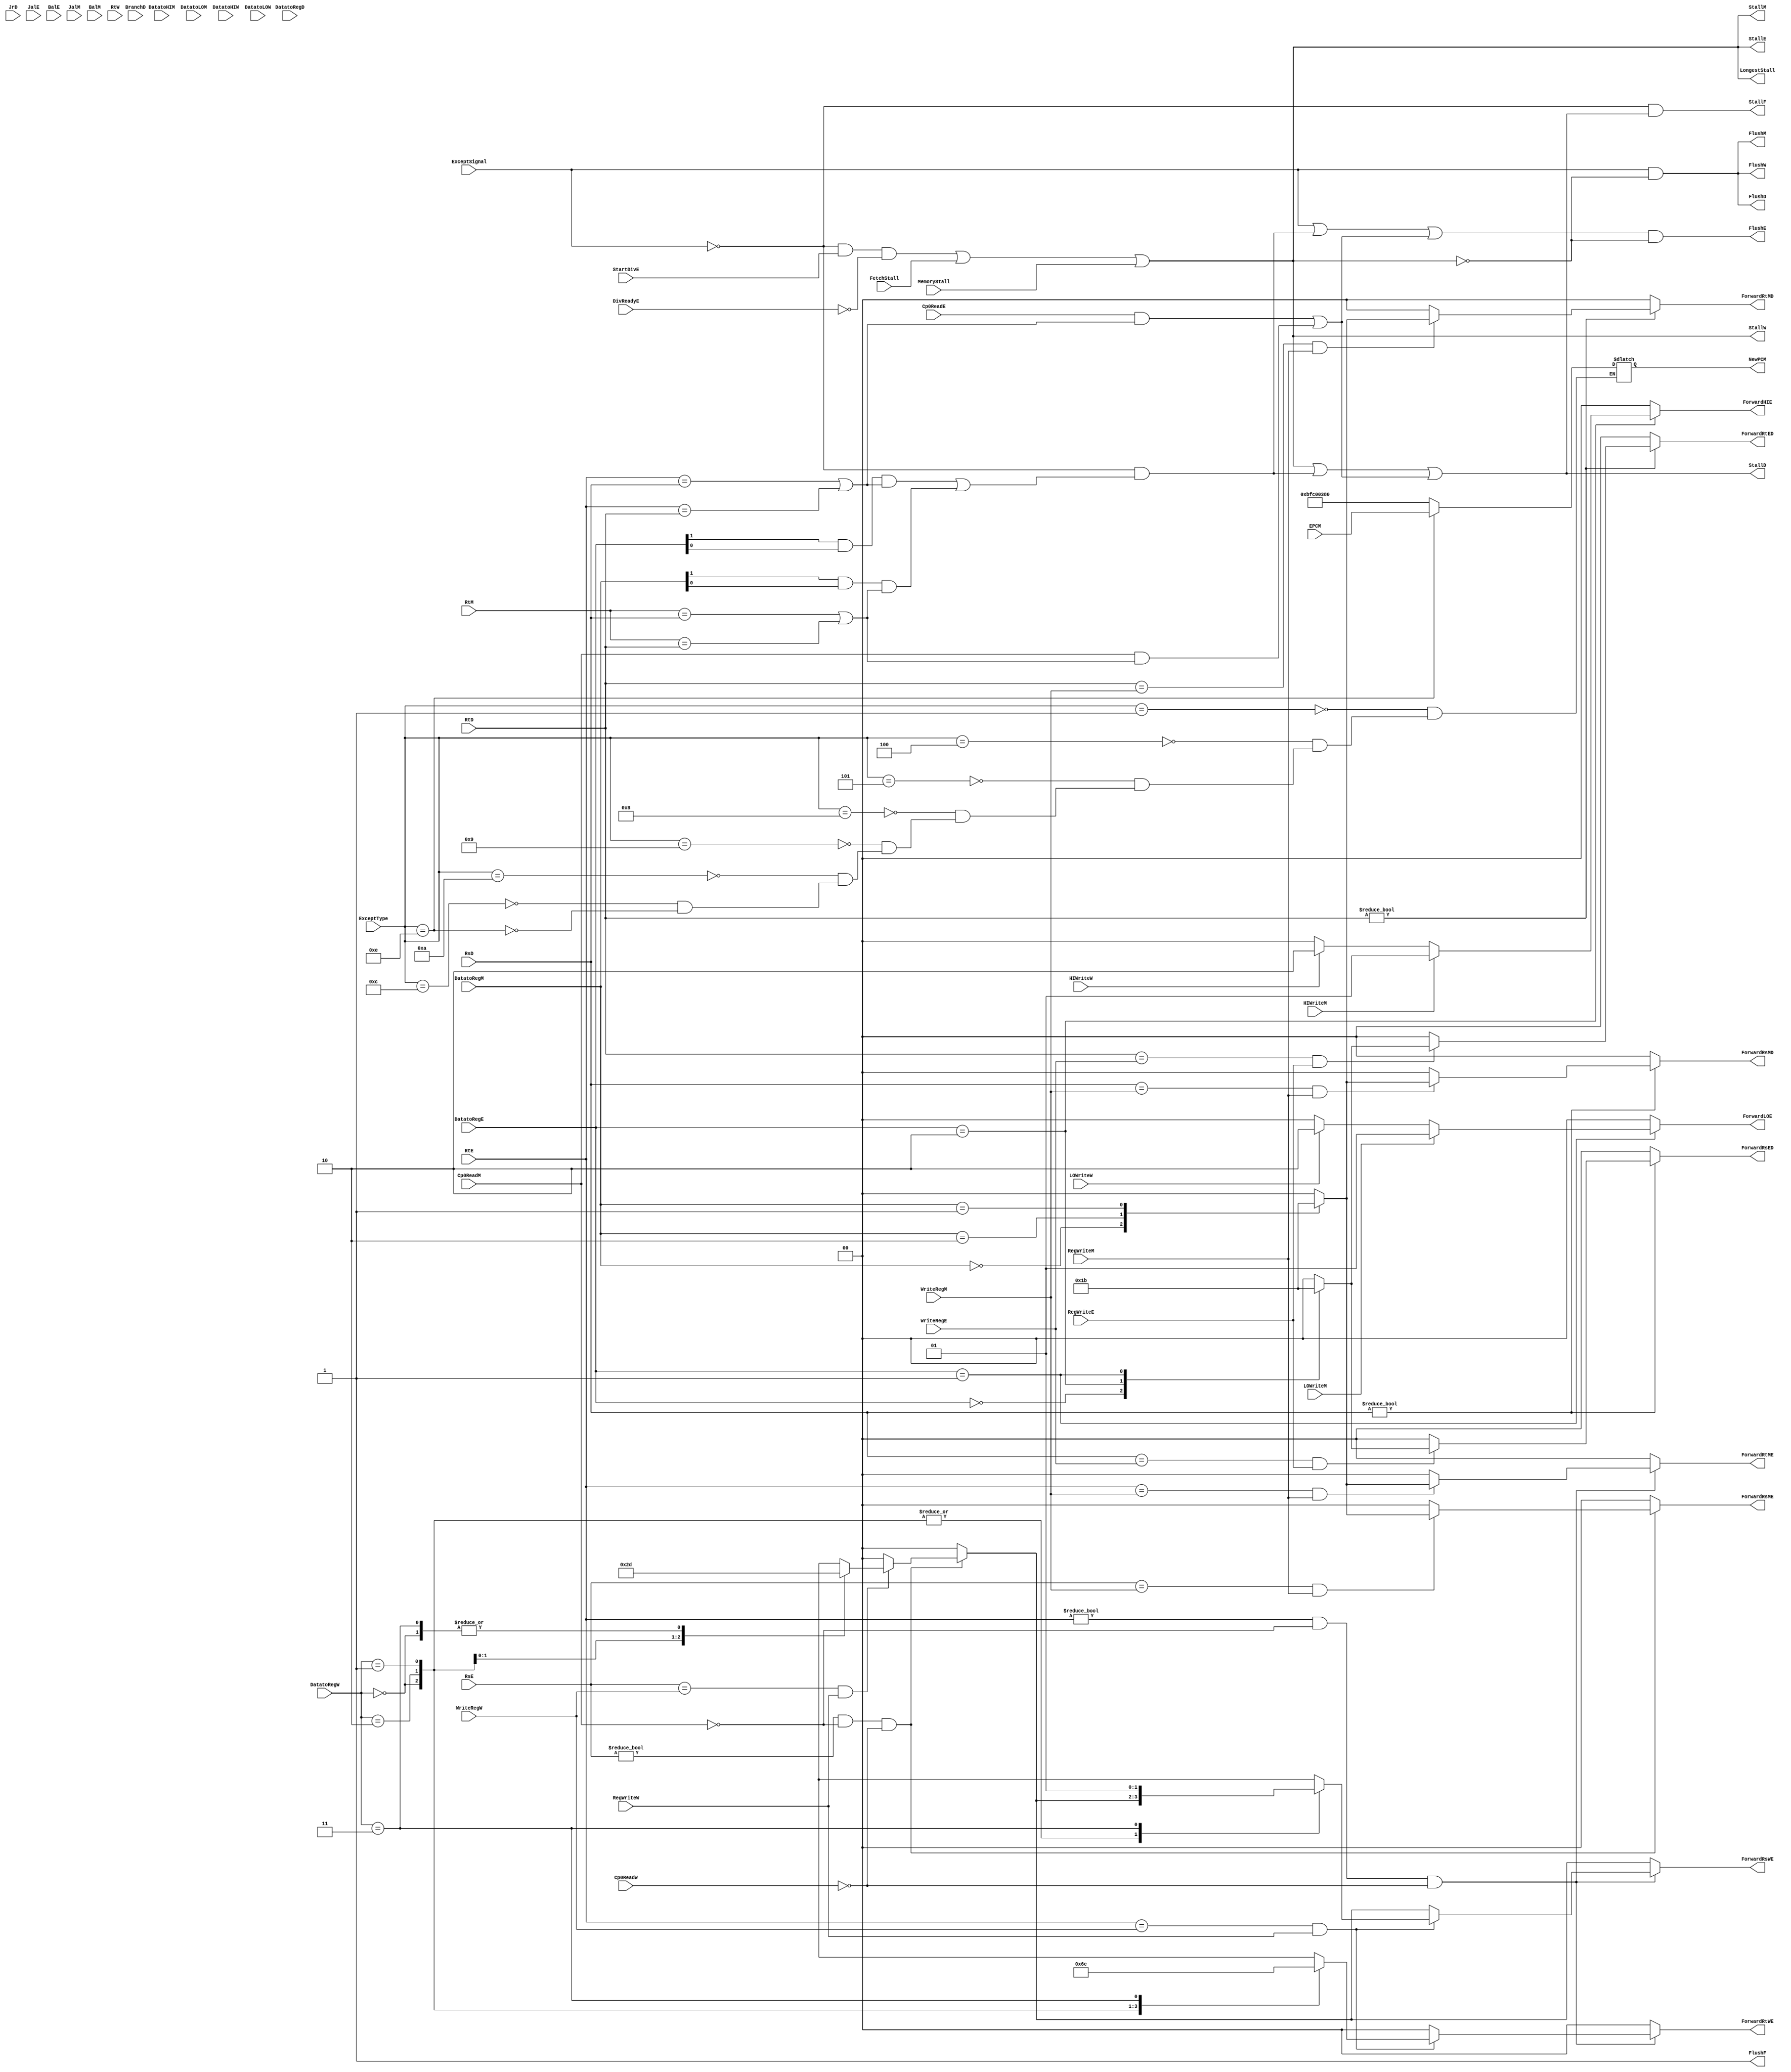
`timescale 1ns / 1ps
module hazard(
    input  wire FetchStall, MemoryStall,
    output wire LongestStall,
    //fetch stage
    output wire StallF, FlushF,

    //decode stage
    input wire [4:0] RsD, RtD,
    input wire BranchD,
    input wire [1:0] DatatoRegD,

    input wire JrD,

    output wire StallD, FlushD,
    output reg [1:0] ForwardRsED, ForwardRsMD,
    output reg [1:0] ForwardRtED, ForwardRtMD,
    //output reg [1:0] ForwardALD,

    //excute stage
    input wire [4:0] RsE, RtE,
    input wire [4:0] WriteRegE,
    input wire [1:0] DatatoRegE,
    input wire RegWriteE,

    input wire JalE, BalE,

    input wire StartDivE,
    input wire DivReadyE,

    input wire Cp0ReadE,

    output wire FlushE, StallE,
    output reg [1:0] ForwardRsME, ForwardRsWE,
    output reg [1:0] ForwardRtME, ForwardRtWE,
    output reg [1:0] ForwardHIE , ForwardLOE,
    //------------------------

    //mem stage
    input wire [4:0] RtM,
    input wire [4:0] WriteRegM,
    input wire [1:0] DatatoRegM,
    input wire RegWriteM,
    input wire HIWriteM, LOWriteM,
    input wire [1:0] DatatoHIM, DatatoLOM,
    input wire JalM, BalM,
    input wire Cp0ReadM,
    output wire StallM,
    output wire FlushM,
    //exc
    input wire ExceptSignal,
    input wire [31:0] ExceptType,
    input wire [31:0] EPCM,
    output reg [31:0] NewPCM,
    //------------------------

    //writeback stage
    input wire [4:0] RtW,
    input wire [4:0] WriteRegW,
    input wire [1:0] DatatoRegW,
    input wire RegWriteW,
    //add movedata inst oprand
    input wire HIWriteW, LOWriteW,
    input wire [1:0] DatatoHIW, DatatoLOW,
    input wire Cp0ReadW,
    output wire StallW, FlushW
    //------------------------
);


wire LwStallD, BranchStallD, JumpStallD, DivStall, Cp0StallD;
wire MemtoRegD, MemtoRegE, MemtoRegM, MemtoRegW;

//decode stage forwarding
always @(*) begin
    ForwardRsED = 2'b00;
    ForwardRsMD = 2'b00;

    ForwardRtED = 2'b00;
    ForwardRtMD = 2'b00;

    if(RsD != 0) begin
        if(RsD == WriteRegE & RegWriteE) begin
            case(DatatoRegE)
                2'b00: ForwardRsED = 2'b01;     //Rs from alu
                2'b10: ForwardRsED = 2'b10;     //Rs from hi
                2'b01: ForwardRsED = 2'b11;     //Rs from lo
                default: ForwardRsED = 2'b00;
            endcase
        end
        if(RsD == WriteRegM & RegWriteM) begin
            case(DatatoRegM)
                2'b00: ForwardRsMD = 2'b01;     //Rs from alu
                2'b10: ForwardRsMD = 2'b10;     //Rs from hi
                2'b01: ForwardRsMD = 2'b11;     //Rs from lo
                default: ForwardRsMD = 2'b00;
            endcase
        end
    end
    if(RtD != 0) begin
        if(RtD == WriteRegE & RegWriteE) begin
            case(DatatoRegE)
                2'b00: ForwardRtED = 2'b01;     //Rs from alu
                2'b10: ForwardRtED = 2'b10;     //Rs from hi
                2'b01: ForwardRtED = 2'b11;     //Rs from lo
                default: ForwardRtED = 2'b00;
            endcase
        end
        if(RtD == WriteRegM & RegWriteM) begin
            case(DatatoRegM)
                2'b00: ForwardRtMD = 2'b01;     //Rs from alu
                2'b10: ForwardRtMD = 2'b10;     //Rs from hi
                2'b01: ForwardRtMD = 2'b11;     //Rs from lo
                default: ForwardRtMD = 2'b00;
            endcase
        end
    end
end

//excute stage forwarding
always @(*) begin
    
    ForwardRsME = 2'b00;
    ForwardRsWE = 2'b00;

    ForwardRtME = 2'b00;
    ForwardRtWE = 2'b00;
    
    ForwardHIE  = 2'b00;
    ForwardLOE  = 2'b00; 
    //forward rs
    if(RsE != 0 & ~Cp0ReadM & ~Cp0ReadW) begin
        //M2E
        if(RsE == WriteRegM & RegWriteM) begin
            case(DatatoRegM)
                2'b00: ForwardRsME = 2'b01;     //Rs from alu
                2'b10: ForwardRsME = 2'b10;     //Rs from hi
                2'b01: ForwardRsME = 2'b11;     //Rs from lo
                default: ForwardRsME = 2'b00;
            endcase
        end
        //W2E
        if(RsE == WriteRegW & RegWriteW) begin
            case(DatatoRegW)
                2'b00: ForwardRsWE = 2'b01;     //Rs from alu
                2'b10: ForwardRsWE = 2'b10;     //Rs from hi
                2'b01: ForwardRsWE = 2'b11;     //Rs from lo
                2'b11: ForwardRsWE = 2'b01;     //Rs fron mem
                default: ForwardRsWE = 2'b00;
            endcase
        end
    end
    //forward rt
    if(RtE != 0 & ~Cp0ReadM & ~Cp0ReadW) begin
        if(RtE == WriteRegM & RegWriteM) begin
            case(DatatoRegM)
                2'b00: ForwardRtME = 2'b01;     //Rs from alu
                2'b10: ForwardRtME = 2'b10;     //Rs from hi
                2'b01: ForwardRtME = 2'b11;     //Rs from lo
                default: ForwardRtME = 2'b00;
            endcase
        end
        if(RtE == WriteRegW & RegWriteW) begin
            case(DatatoRegW)
                2'b00: ForwardRtWE = 2'b01;     //Rs from alu
                2'b10: ForwardRtWE = 2'b10;     //Rs from hi
                2'b01: ForwardRtWE = 2'b11;     //Rs from lo
                2'b11: ForwardRsWE = 2'b01;     //Rs from mem
                default: ForwardRtWE = 2'b00;
            endcase
        end
    end
    //forward hi
    if(DatatoRegE == 2'b10) begin
        if(HIWriteM) begin
            ForwardHIE = 2'b01;
        end
        else if(HIWriteW) begin
            ForwardHIE = 2'b10;
        end
    end
    //forward lo
    if(DatatoRegE == 2'b01) begin
        if(LOWriteM) begin
            ForwardLOE = 2'b01;
        end
        else if(LOWriteW) begin
            ForwardLOE = 2'b10;
        end
    end
end

assign MemtoRegD = DatatoRegD[1:1] & DatatoRegD[0:0];
assign MemtoRegE = DatatoRegE[1:1] & DatatoRegE[0:0];
assign MemtoRegM = DatatoRegM[1:1] & DatatoRegM[0:0];
assign MemtoRegW = DatatoRegW[1:1] & DatatoRegW[0:0];

//stalls
assign LwStallD  = ~ExceptSignal & ((MemtoRegE & (RtE == RsD | RtE == RtD)) |
                                   (MemtoRegM & (RtM == RsD | RtM == RtD)));

assign Cp0StallD = ((Cp0ReadE  & (RtE == RsD | RtE == RtD)) |
                    (Cp0ReadM  & (RtM == RsD | RtM == RtD)));

// assign BranchStallD = ~ExceptSignal & BranchD & 
//         (RegWriteE & (WriteRegE == RsD | WriteRegE == RtD) |
//          MemtoRegM & (WriteRegM == RsD | WriteRegM == RtD));

// assign JumpStallD = ~ExceptSignal & JrD & (RegWriteE & WriteRegE == RsD |
//                             MemtoRegM & WriteRegM == RsD);

assign DivStall = ~ExceptSignal & StartDivE & ~DivReadyE;

assign LongestStall = DivStall | FetchStall | MemoryStall;

// assign StallF = StallD;
// assign StallD = LwStallD | DivStall | Cp0StallD | FetchStall | MemoryStall;
// assign StallE = DivStall | FetchStall | MemoryStall;
// assign StallM = FetchStall | MemoryStall;
// assign StallW = FetchStall | MemoryStall;
//TODO:StallF = ~ExceptSignal & (LongestStall | LwStallD | Cp0StallD);
assign StallF = ~ExceptSignal & (LongestStall | LwStallD | Cp0StallD);
assign StallD = LongestStall | LwStallD | Cp0StallD;
assign StallE = LongestStall;
assign StallM = LongestStall;
assign StallW = LongestStall;

//assign LongestStall = StallF | StallD | StallE | StallM | StallW;
//TODO: FlushF = 1  FlushE = (ExceptSignal LwStallD | Cp0StallD) & ~LongestStall;
assign FlushF = 1'b1;
assign FlushD = ExceptSignal & ~LongestStall;
assign FlushE = (ExceptSignal | LwStallD | Cp0StallD) & ~LongestStall;
assign FlushM = ExceptSignal & ~LongestStall;
assign FlushW = ExceptSignal & ~LongestStall;

//EPC
always @(*) begin
    case(ExceptType)
        32'h00000001: NewPCM <= 32'hbfc00380;
        32'h00000004: NewPCM <= 32'hbfc00380;
        32'h00000005: NewPCM <= 32'hbfc00380;
        32'h00000008: NewPCM <= 32'hbfc00380;
        32'h00000009: NewPCM <= 32'hbfc00380;
        32'h0000000a: NewPCM <= 32'hbfc00380;
        32'h0000000c: NewPCM <= 32'hbfc00380;
        32'h0000000e: NewPCM <= EPCM;
        default:;
    endcase
end
endmodule

//bfc04b74